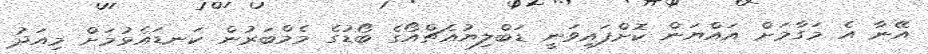
އޭނާ އެ މަގާމަށް އައްޔަން ކޮށްފައިވަނީ ޑަބްލިޔުއެޗްއޯގެ ބޯޑުގެ މެމްބަރުން ކަނޑައެޅުމަށް މިއަދު